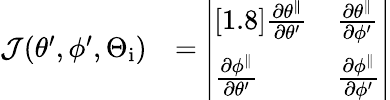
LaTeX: \begin{array}{rl}{\mathcal{J}(\theta^{\prime},\phi^{\prime},\Theta_{\mathrm{i}})}&{=\left|\begin{array}{ll}{[1.8]\frac{\partial\theta^{\parallel}}{\partial\theta^{\prime}}}&{\frac{\partial\theta^{\parallel}}{\partial\phi^{\prime}}}\\ {\frac{\partial\phi^{\parallel}}{\partial\theta^{\prime}}}&{\frac{\partial\phi^{\parallel}}{\partial\phi^{\prime}}}\end{array}\right|}\end{array}